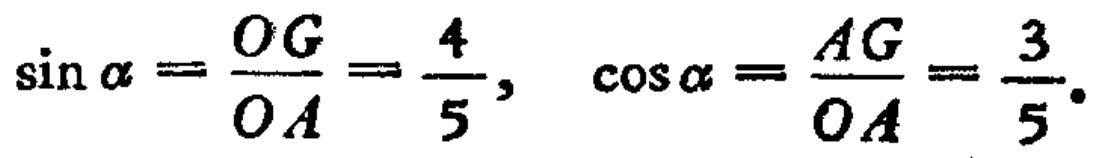
\(\sin \alpha =\frac{OG}{OA}=\frac{4}{5},\ \cos \alpha =\frac{AG}{OA}=\frac{3}{5}.\)